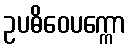
ဥပဓိဝေပက္ကော